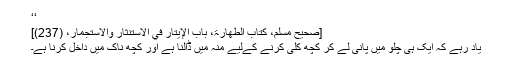
‘‘
[صحیح مسلم، کتاب الطھارۃ، باب الإیتار في الاستنثار والاستجمار، (237)]
یاد رہے کہ ایک ہی چلو میں پانی لے کر کچھ کلی کرنے کےلیے منہ میں ڈالنا ہے اور کچھ ناک میں داخل کرنا ہے۔